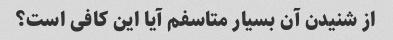
از شنیدن آن بسیار متاسفم آیا این کافی است؟